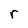
Character: r